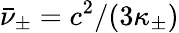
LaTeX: \bar{\nu}_{\pm}=c^{2}/(3\kappa_{\pm})